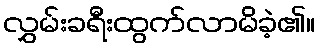
လွှမ်းခရီးထွက်လာမိခဲ့၏။